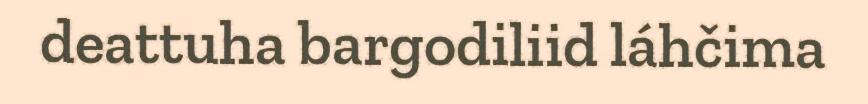
deattuha bargodiliid láhčima